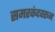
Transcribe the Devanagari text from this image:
समरकंदवरून